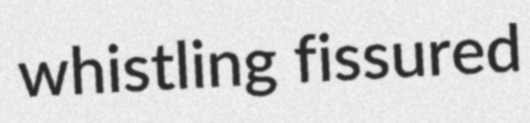
whistling fissured